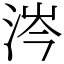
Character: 涔